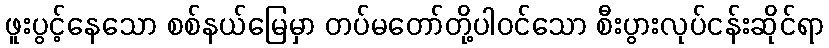
ဖူးပွင့်နေသော စစ်နယ်မြေမှာ တပ်မတော်တို့ပါဝင်သော စီးပွားလုပ်ငန်းဆိုင်ရာ